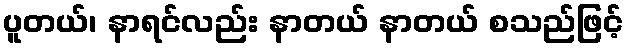
ပူတယ်၊ နာရင်လည်း နာတယ် နာတယ် စသည်ဖြင့်